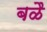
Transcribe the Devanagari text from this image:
बळै